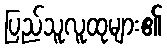
ပြည်သူလူထုများ၏